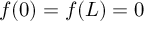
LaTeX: f ( 0 ) = f ( L ) = 0